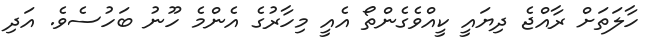
ހާލަތަށް ރާއްޖެ ދިޔައީ ކީއްވެގެންތޯ އެއީ މިހާރުގެ އެންމެ ހޫނު ބަހުސެވެ. އަދި